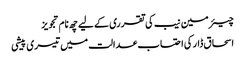
چیئرمین نیب کی تقرری کے لیے چھ نام تجویز
اسحاق ڈار کی احتساب عدالت میں تیسری پیشی